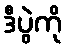
ဒီပွဲကို